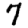
Digit: 7